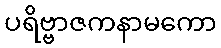
ပရိဗ္ဗာဇကနာမကော